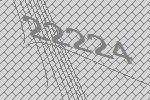
22224